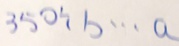
3 5 0 \div b \cdots a